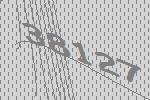
38127